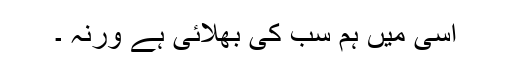
اسی میں ہم سب کی بھلائی ہے ورنہ ۔